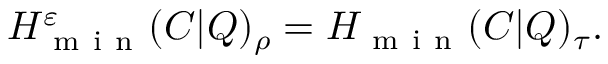
H _ { \mathrm { ~ m ~ i ~ n ~ } } ^ { \varepsilon } ( C | Q ) _ { \rho } = H _ { \mathrm { ~ m ~ i ~ n ~ } } ( C | Q ) _ { \tau } .